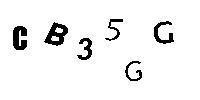
CB35GG